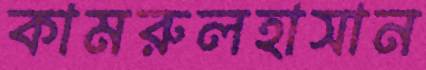
কামরুলহাসান